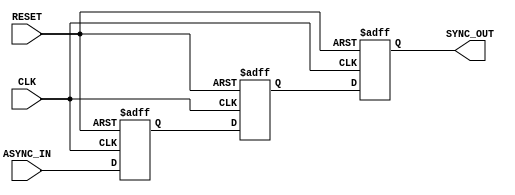
module async_to_sync_converter (
    input wire ASYNC_IN,  // Asynchronous input signal
    input wire CLK,       // Clock signal for synchronization
    input wire RESET,     // Asynchronous reset signal
    output reg SYNC_OUT   // Synchronized output signal
);

    // Internal flip-flops for synchronization
    reg ff1, ff2;

    // Synchronous process
    always @(posedge CLK or posedge RESET) begin
        if (RESET) begin
            // Reset the flip-flops and output
            ff1 <= 1'b0;
            ff2 <= 1'b0;
            SYNC_OUT <= 1'b0;
        end else begin
            // Synchronize the ASYNC_IN signal
            ff1 <= ASYNC_IN;   // First stage of synchronization
            ff2 <= ff1;        // Second stage of synchronization
            SYNC_OUT <= ff2;   // Output the synchronized signal
        end
    end

endmodule